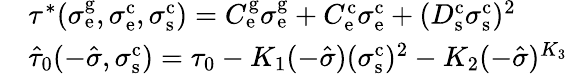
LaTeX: \begin{array}{rl}&{\tau^{*}(\sigma_{\mathrm{e}}^{\mathrm{g}},\sigma_{\mathrm{e}}^{\mathrm{c}},\sigma_{\mathrm{s}}^{\mathrm{c}})=C_{\mathrm{e}}^{\mathrm{g}}\sigma_{\mathrm{e}}^{\mathrm{g}}+C_{\mathrm{e}}^{\mathrm{c}}\sigma_{\mathrm{e}}^{\mathrm{c}}+(D_{\mathrm{s}}^{\mathrm{c}}\sigma_{\mathrm{s}}^{\mathrm{c}})^{2}}\\ &{\hat{\tau}_{0}(-\hat{\sigma},\sigma_{\mathrm{s}}^{\mathrm{c}})=\tau_{0}-K_{1}(-\hat{\sigma})(\sigma_{\mathrm{s}}^{\mathrm{c}})^{2}-K_{2}(-\hat{\sigma})^{K_{3}}}\end{array}